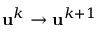
\mathbf { u } ^ { k } \rightarrow \mathbf { u } ^ { k + 1 }